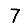
Digit: 7